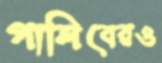
গালিবেরও